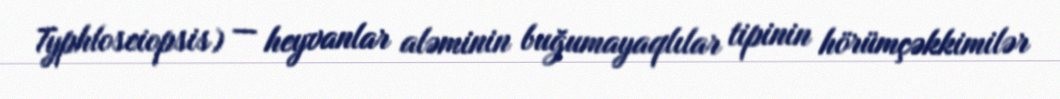
Typhloseiopsis) — heyvanlar aləminin buğumayaqlılar tipinin hörümçəkkimilər